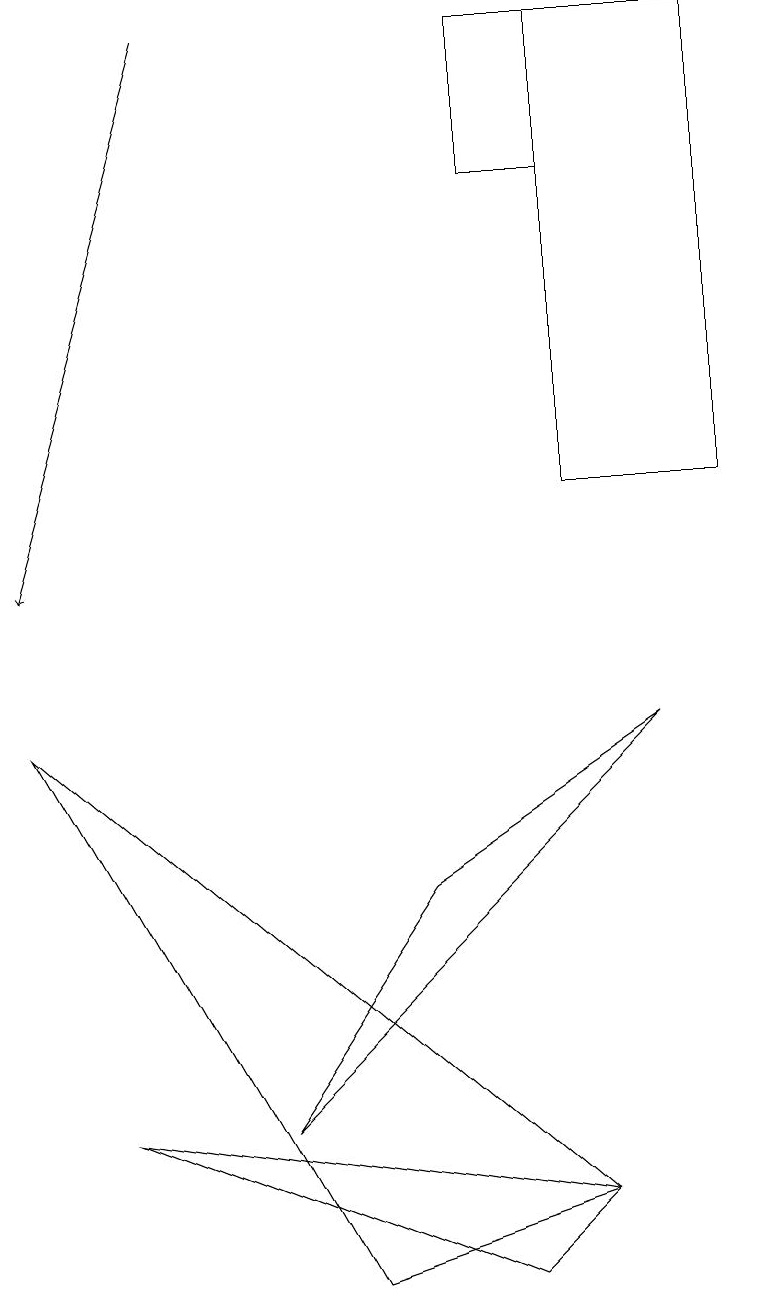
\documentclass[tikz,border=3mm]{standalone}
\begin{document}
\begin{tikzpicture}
\draw (0,9) -- (7,3) -- (4,2) -- cycle;
\draw (5,7) -- (3,4) -- (8,9) -- cycle;
\draw (9,12) rectangle (7,18);
\draw[->] (2,18) -- (0,11);
\draw (6,18) rectangle (7,16);
\draw (7,3) -- (1,4) -- (6,2) -- cycle;
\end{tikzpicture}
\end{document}